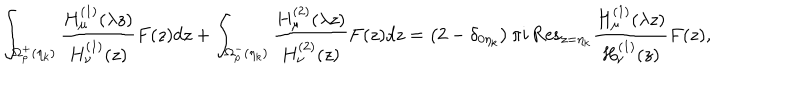
\int _ { \Omega _ { \rho } ^ { + } ( \eta _ { k } ) } \frac { H _ { \mu } ^ { ( 1 ) } ( \lambda z ) } { H _ { \nu } ^ { ( 1 ) } ( z ) } F ( z ) d z + \int _ { \Omega _ { \rho } ^ { - } ( \eta _ { k } ) } \frac { H _ { \mu } ^ { ( 2 ) } ( \lambda z ) } { H _ { \nu } ^ { ( 2 ) } ( z ) } F ( z ) d z = \left( 2 - \delta _ { 0 \eta _ { k } } \right) \pi i \, { \mathrm { R e s } } _ { z = \eta _ { k } } \frac { H _ { \mu } ^ { ( 1 ) } ( \lambda z ) } { H _ { \nu } ^ { ( 1 ) } ( z ) } F ( z ) ,